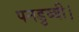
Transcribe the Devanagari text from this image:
पनडुब्‍बी।